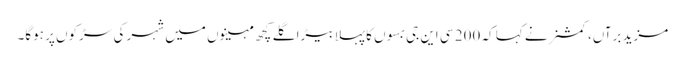
مزید برآں، کمشنر نے کہا کہ 200 سی این جی بسوں کا پہلا بیڑا گلے کچھ مہینوں میں شہر کی سڑکوں پر ہوگا۔